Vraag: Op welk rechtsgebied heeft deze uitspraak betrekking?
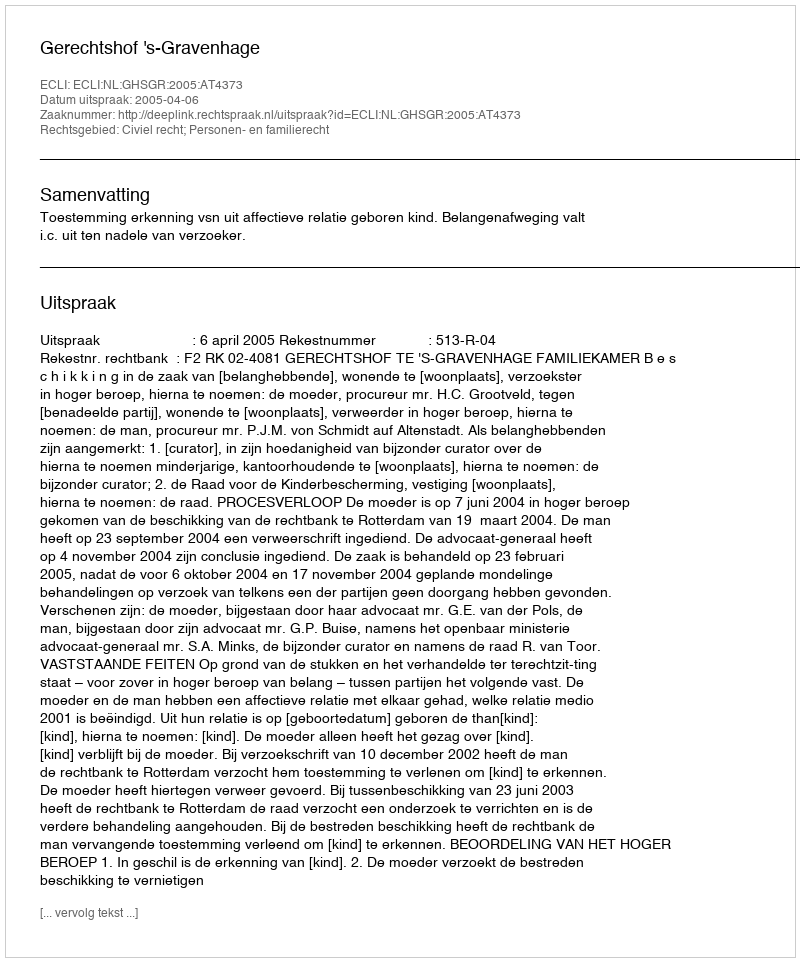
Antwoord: Civiel recht; Personen- en familierecht